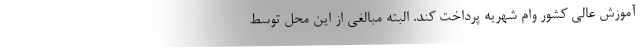
آموزش عالی کشور وام شهریه پرداخت کند. البته مبالغی از این محل توسط